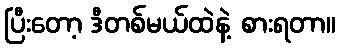
ပြီးတော့ ဒီတစ်မယ်ထဲနဲ့ စားရတာ။